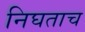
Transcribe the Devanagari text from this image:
निघताच